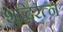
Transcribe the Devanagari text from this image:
शुद्धिरत्न